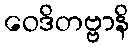
ဝေဒိတဗ္ဗာနိ